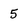
Character: 5